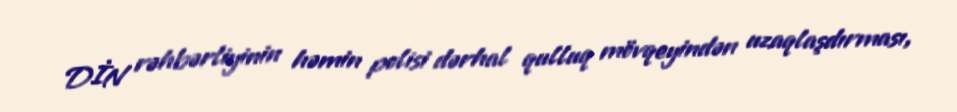
DİN rəhbərliyinin həmin polisi dərhal qulluq mövqeyindən uzaqlaşdırması,